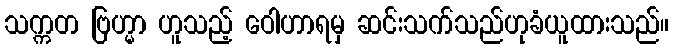
သက္ကတ ဗြဟ္မာ ဟူသည့် ဝေါဟာရမှ ဆင်းသက်သည်ဟုခံယူထားသည်။